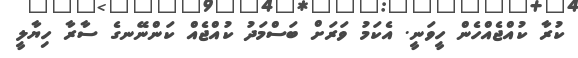
ކުރާ ކުއްޖެއްހެން ހީވަނީ. އެކަމު ވަރަށް ބަސްމަދު ކުއްޖެއް ކަންނޭނގެ ސާރާ ހިޔާލީ